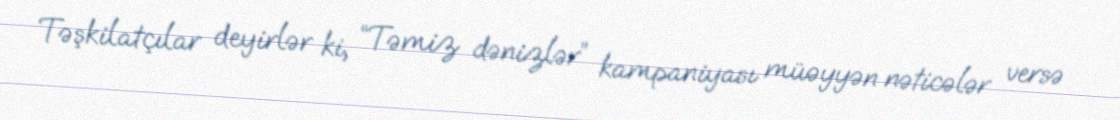
Təşkilatçılar deyirlər ki, “Təmiz dənizlər” kampaniyası müəyyən nəticələr versə